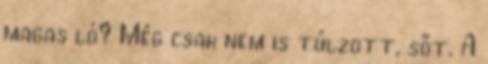
magas ló? Még csak nem is túlzott, sőt. A